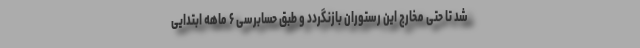
شد تا حتی مخارج این رستوران بازنگردد و طبق حسابرسی ۶ ماهه ابتدایی